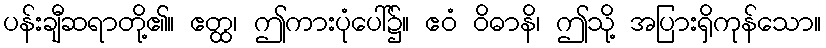
ပန်းချီဆရာတို့၏။ ဧတ္ထ၊ ဤကားပုံပေါ်၌။ ဧဝံ ဝိဓာနိ၊ ဤသို့ အပြားရှိကုန်သော။